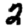
Digit: 2